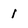
Character: 1